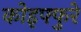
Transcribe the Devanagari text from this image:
कोइफ्फुरे